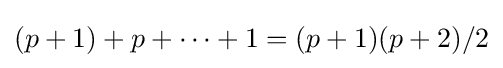
(p+1)+p+\dots +1=(p+1)(p+2)/2